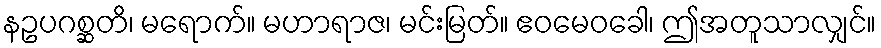
နဥပဂစ္ဆတိ၊ မရောက်။ မဟာရာဇ၊ မင်းမြတ်။ ဧဝမေဝခေါ၊ ဤအတူသာလျှင်။